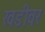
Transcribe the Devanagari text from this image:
खडीवर